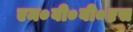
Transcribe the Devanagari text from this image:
एम०बी०बी०एस